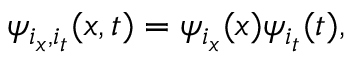
\psi _ { i _ { x } , i _ { t } } ( \boldsymbol { x } , t ) = \psi _ { i _ { x } } ( \boldsymbol { x } ) \psi _ { i _ { t } } ( t ) ,